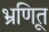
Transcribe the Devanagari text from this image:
भ्रूणित